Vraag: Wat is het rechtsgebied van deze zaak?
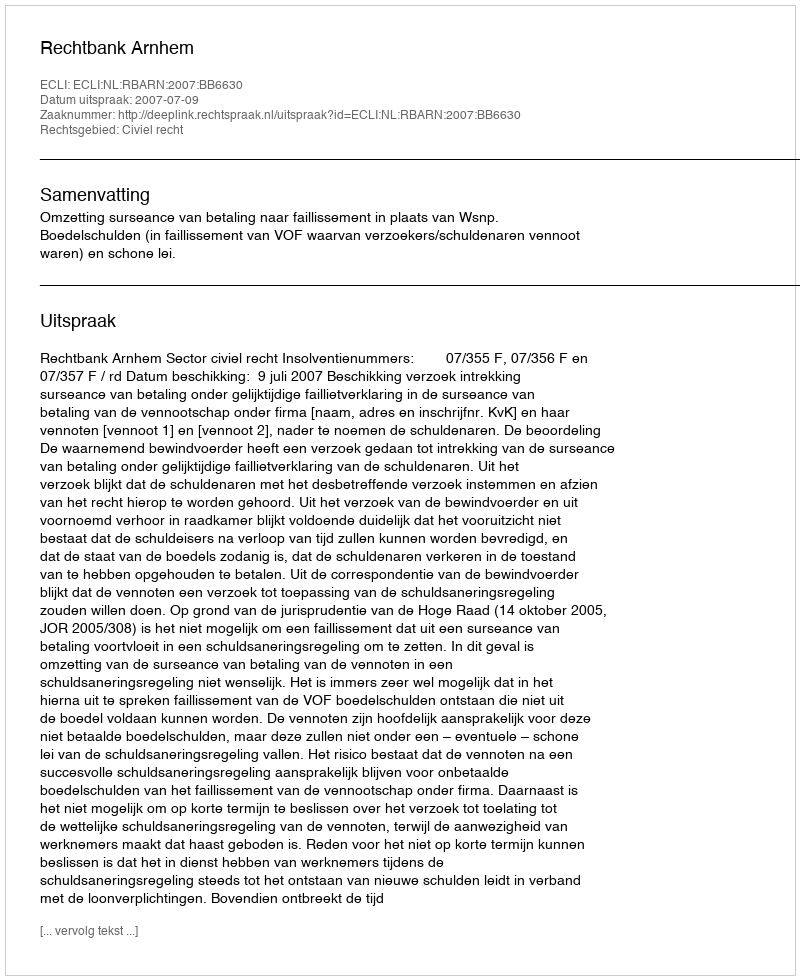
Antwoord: Civiel recht